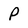
Character: P